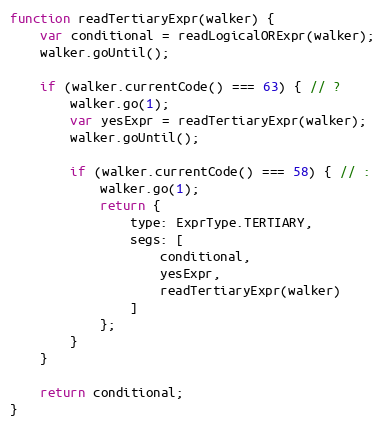
Language: JavaScript
function readTertiaryExpr(walker) {
    var conditional = readLogicalORExpr(walker);
    walker.goUntil();

    if (walker.currentCode() === 63) { // ?
        walker.go(1);
        var yesExpr = readTertiaryExpr(walker);
        walker.goUntil();

        if (walker.currentCode() === 58) { // :
            walker.go(1);
            return {
                type: ExprType.TERTIARY,
                segs: [
                    conditional,
                    yesExpr,
                    readTertiaryExpr(walker)
                ]
            };
        }
    }

    return conditional;
}